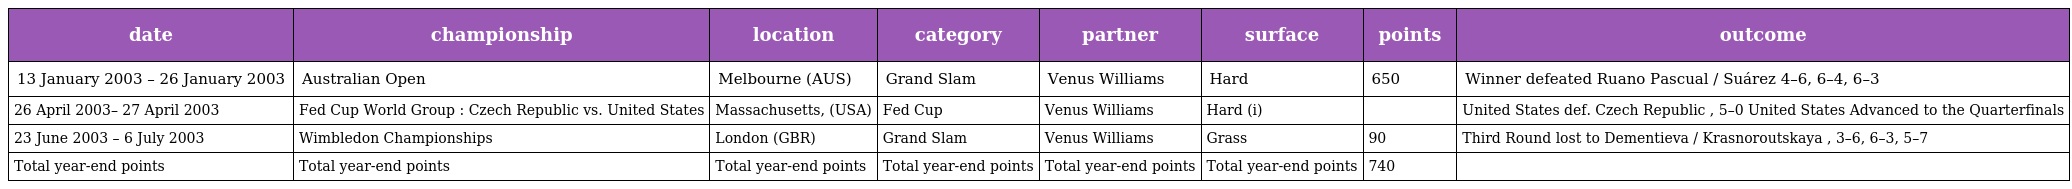
| date | championship | location | category | partner | surface | points | outcome |
 | --- | --- | --- | --- | --- | --- | --- | --- |
 | 13 January 2003 – 26 January 2003 | Australian Open | Melbourne (AUS) | Grand Slam | Venus Williams | Hard | 650 | Winner defeated Ruano Pascual / Suárez 4–6, 6–4, 6–3 |
 | 26 April 2003– 27 April 2003 | Fed Cup World Group : Czech Republic vs. United States | Massachusetts, (USA) | Fed Cup | Venus Williams | Hard (i) |  | United States def. Czech Republic , 5–0 United States Advanced to the Quarterfinals |
 | 23 June 2003 – 6 July 2003 | Wimbledon Championships | London (GBR) | Grand Slam | Venus Williams | Grass | 90 | Third Round lost to Dementieva / Krasnoroutskaya , 3–6, 6–3, 5–7 |
 | Total year-end points | Total year-end points | Total year-end points | Total year-end points | Total year-end points | Total year-end points | 740 |  |